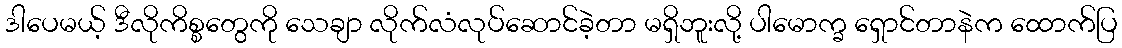
ဒါပေမယ့် ဒီလိုကိစ္စတွေကို သေချာ လိုက်လံလုပ်ဆောင်ခဲ့တာ မရှိဘူးလို့ ပါမောက္ခ ရှောင်တာနဲက ထောက်ပြ